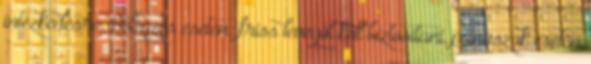
intézkedésre. Belégzés esetén: friss levegőt kell biztosítani, panaszok esetén